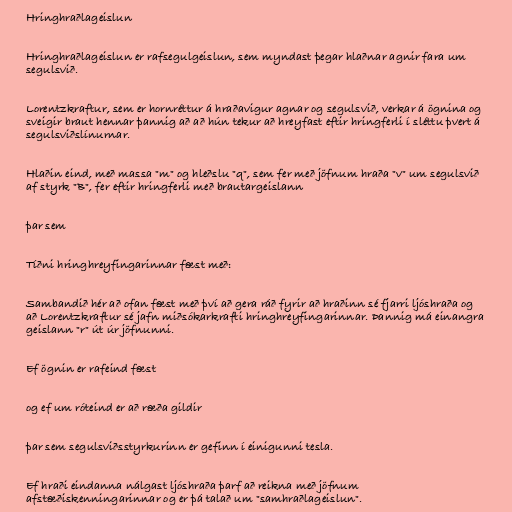
Hringhraðlageislun

Hringhraðlageislun er rafsegulgeislun, sem myndast þegar hlaðnar agnir fara um
segulsvið.

Lorentzkraftur, sem er hornréttur á hraðavigur agnar og segulsvið, verkar á ögnina og
sveigir braut hennar þannig að að hún tekur að hreyfast eftir hringferli í sléttu þvert á
segulsviðslínurnar.

Hlaðin eind, með massa "m" og hleðslu "q", sem fer með jöfnum hraða "v" um segulsvið
af styrk "B", fer eftir hringferli með brautargeislann

þar sem

Tíðni hringhreyfingarinnar fæst með:

Sambandið hér að ofan fæst með því að gera ráð fyrir að hraðinn sé fjarri ljóshraða og
að Lorentzkraftur sé jafn miðsókarkrafti hringhreyfingarinnar. Þannig má einangra
geislann "r" út úr jöfnunni.

Ef ögnin er rafeind fæst

og ef um róteind er að ræða gildir

þar sem segulsviðsstyrkurinn er gefinn í einigunni tesla.

Ef hraði eindanna nálgast ljóshraða þarf að reikna með jöfnum
afstæðiskenningarinnar og er þá talað um "samhraðlageislun".